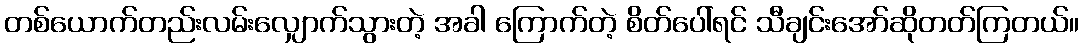
တစ်ယောက်တည်းလမ်းလျှောက်သွားတဲ့ အခါ ကြောက်တဲ့ စိတ်ပေါ်ရင် သီချင်းအော်ဆိုတတ်ကြတယ်။